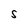
Character: S